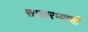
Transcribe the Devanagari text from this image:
साखरप्याची